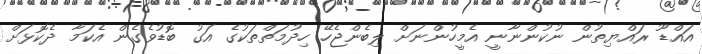
އައްޑޫ ރައްޔިތުން ނުކުންނާނީ އެމީހުންނަށް ލިބެންޖެހޭ ހިދުމަތްތަކުގެ އަގު ބޮޑުވެގެން އެކަމާ ދެކޮޅަށް